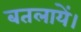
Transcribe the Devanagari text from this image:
बतलायें।